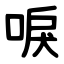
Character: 唳